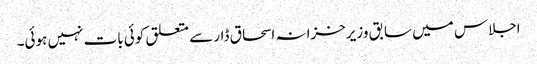
اجلاس میں سابق وزیرخزانہ اسحاق ڈار سے متعلق کوئی بات نہیں ہوئی۔